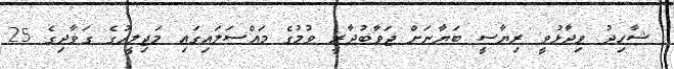
ޝާހިދު ވިދާޅުވީ ރިޔާސީ ބަޔާނަށް ޖަވާބުދާރީ ވުމުގެ މައްސަލައިގައި މަޖިލީހުގެ ގަވާދިގެ 25